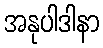
အနုပါဒါနာ